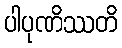
ပါပုဏိဿတိ